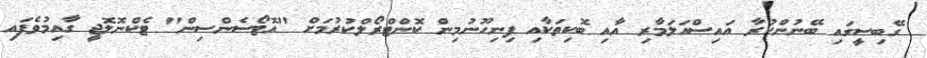
ގޭބިސީގައި ބޭނުންކުރާ އައިސްއަލަމާރި އާއި ބޮކިތަކާއި ފިނިހޫނުމިން ކޮންޓްރޯލްކުރުމަށް "އޮޓޯސެންސިން" ޓެކްނޮލޮޖީ ގާއިމުވެފައި